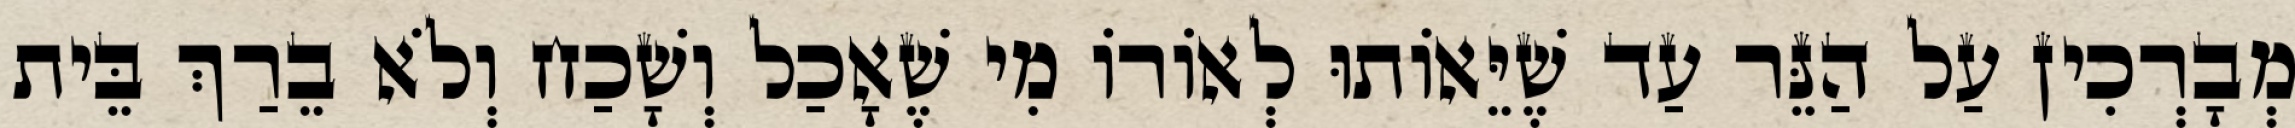
מְבָרְכִין עַל הַנֵּר עַד שֶׁיֵּאוֹתוּ לְאוֹרוֹ מִי שֶׁאָכַל וְשָׁכַח וְלֹא בֵרַךְ בֵּית